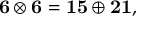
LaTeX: { \bf 6 } \otimes { \bf 6 } = { \bf 1 5 } \oplus { \bf 2 1 } ,